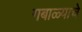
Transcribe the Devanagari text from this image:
गबाळ्याचे